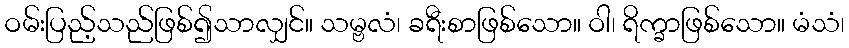
ဝမ်းပြည့်သည်ဖြစ်၍သာလျှင်။ သမ္ဗလံ၊ ခရီးစာဖြစ်သော။ ဝါ၊ ရိက္ခာဖြစ်သော။ မံသံ၊